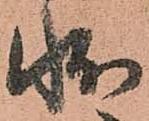
状